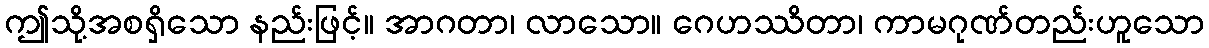
ဤသို့အစရှိသော နည်းဖြင့်။ အာဂတာ၊ လာသော။ ဂေဟဿိတာ၊ ကာမဂုဏ်တည်းဟူသော